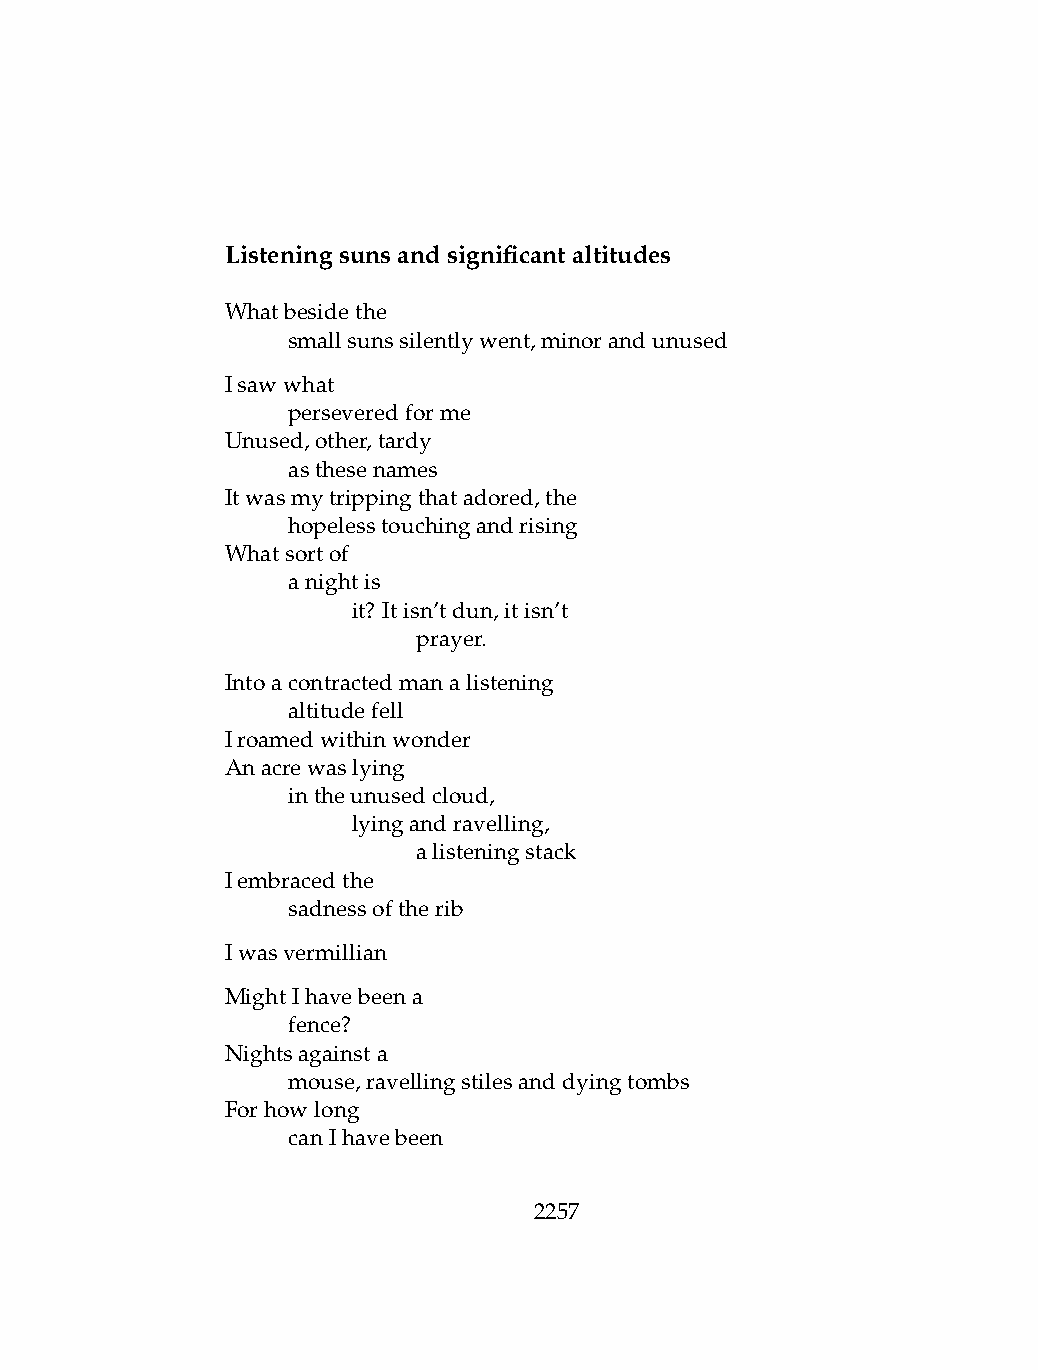
Listeningsunsandsignificantaltitudes
 Whatbesidethe
 .   smallsunssilentlywent,minorandunused
 Isawwhat
 .   perseveredforme
 Unused,other,tardy
 .   asthesenames
 Itwasmytrippingthatadored,the
 .   hopelesstouchingandrising
 Whatsortof
 .   anightis
 .   .   it? Itisn’tdun,itisn’t
 .   .   .    prayer.
 Intoacontractedmanalistening
 .   altitudefell
 Iroamedwithinwonder
 Anacrewaslying
 .   intheunusedcloud,
 .   .   lyingandravelling,
 .   .   .    alisteningstack
 Iembracedthe
 .   sadnessoftherib
 Iwasvermillian
 MightIhavebeena
 .   fence?
 Nightsagainsta
 .   mouse,ravellingstilesanddyingtombs
 Forhowlong
 .   canIhavebeen
 2257